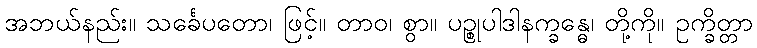
အဘယ်နည်း။ သင်္ခေပတော၊ ဖြင့်။ တာဝ၊ စွာ။ ပဉ္စုပါဒါနက္ခန္ဓေ၊ တို့ကို။ ဥက္ခိတ္တာ